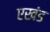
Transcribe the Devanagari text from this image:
एखंड